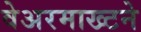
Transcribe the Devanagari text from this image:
वेअरमाख्टने